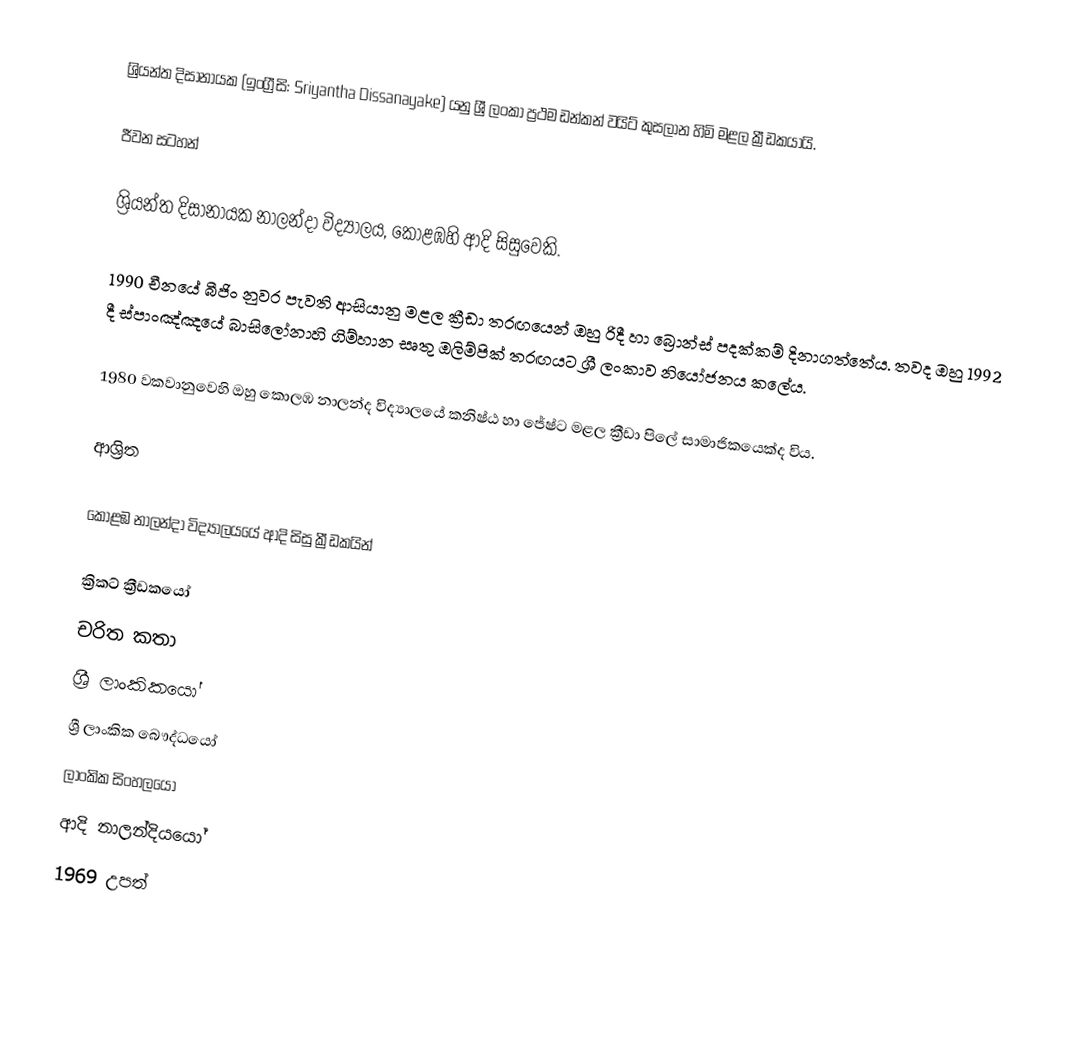
ශ්‍රියන්ත දිසානායක (ඉංග්‍රීසි: Sriyantha Dissanayake) යනු ශ්‍රී ලංකා ප්‍රථම ඩන්කන් වයිට් කුසලාන හිමි මළල ක්‍රීඩකයායි.

ජීවන සටහන්

ශ්‍රියන්ත දිසානායක  නාලන්දා විද්‍යාලය, කොළඹහි ආදි සිසුවෙකි.

1990 චීනයේ බීජිං නුවර පැවති ආසියානු මළල ක්‍රීඩා තරඟයෙන් ඔහු රිදී හා බ්‍රොන්ස් පදක්කම් දිනාගත්තේය. තවද ඔහු 1992 දී ස්පාංඤ්ඤයේ බාසිලෝනාහි ගිම්හාන සෘතු ඔලිම්පික් තරඟයට ශ්‍රී ලංකාව නියෝජනය කලේය.

1980 වකවානුවෙහි ඔහු කොලඹ නාලන්ද  විද්‍යාලයේ කනිෂ්ඨ හා ජේෂ්ට මළල ක්‍රීඩා පිලේ සාමාජිකයෙක්ද විය.

ආශ්‍රිත

කොළඹ නාලන්දා විද්‍යාලයයේ ආදි සිසු ක්‍රීඩකයින්

ක්‍රිකට් ක්‍රීඩකයෝ
චරිත කතා
ශ්‍රී ලාංකිකයෝ
ශ්‍රී ලාංකික බෞද්ධයෝ
ලාංකික සිංහලයෝ
ආදි නාලන්දියයෝ
1969 උපත්